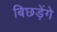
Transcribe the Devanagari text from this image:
बिछड़ेंगे